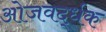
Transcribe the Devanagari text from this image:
ओजवर्द्धक